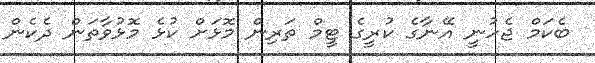
ބެކަމް ޖެހުނީ އޭނާގެ ކުރީގެ ޓީމް ތަރިން މޮޅަށް ކުޅެ މޮޅުވާތަން ދެކެން